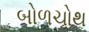
બોળચોથ